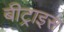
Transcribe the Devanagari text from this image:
बीट्राइस